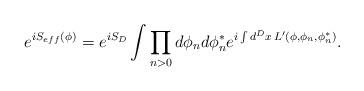
LaTeX: \begin{align*} e^{iS_{eff} (\phi )}=e^{iS_D}\int \prod_{n>0}d\phi_n d\phi_n^* e^{i\int d^D x\,L'(\phi,\phi_n,\phi_n^*)}.\end{align*}